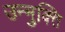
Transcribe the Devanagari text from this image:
उन्मुक्‍ति